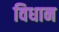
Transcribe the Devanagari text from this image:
विधान